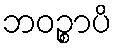
ဘဝဉ္စာပိ